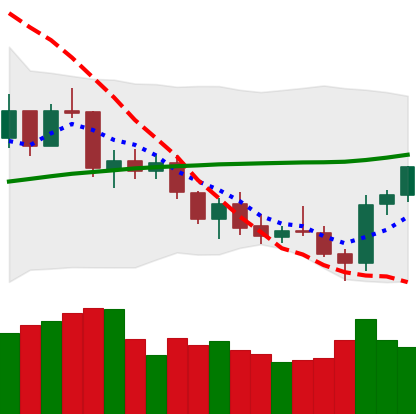
Ticker: ETH-USD
Chart end date: 2021-07-23
Forward return: 8.084%
Label: up_7plus